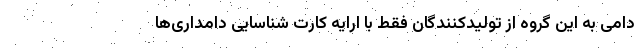
دامی به این گروه از تولیدکنندگان فقط با ارایه کارت شناسایی دامداری‌ها